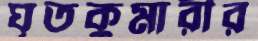
ঘৃতকুমারীর